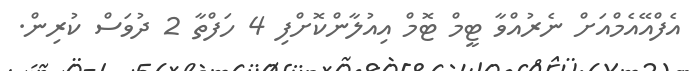
އެފްއޭއެމްއަށް ނެރުއްވާ ޓީމް ޓޮމް އިއުލާންކޮށްފި 4 ހަފްތާ 2 ދުވަސް ކުރިން.